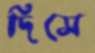
দিসে